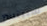
سبينسر